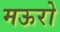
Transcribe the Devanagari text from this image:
मऊरो